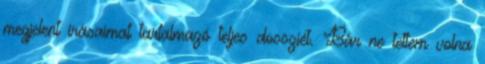
megjelent írásaimat tartalmazó teljes dossziét. Bár ne tettem volna